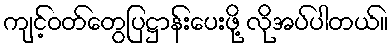
ကျင့်ဝတ်တွေပြဋ္ဌာန်းပေးဖို့ လိုအပ်ပါတယ်။